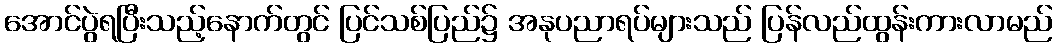
အောင်ပွဲရပြီးသည့်နောက်တွင် ပြင်သစ်ပြည်၌ အနုပညာရပ်များသည် ပြန်လည်ထွန်းကားလာမည်